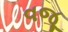
વજૂ